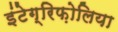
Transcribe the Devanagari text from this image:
इंटेग्रिफ़ोलिया